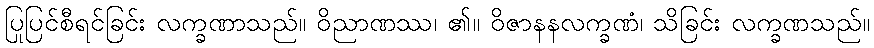
ပြုပြင်စီရင်ခြင်း လက္ခဏာသည်။ ဝိညာဏဿ၊ ၏။ ဝိဇာနနလက္ခဏံ၊ သိခြင်း လက္ခဏသည်။